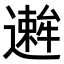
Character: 𫑋